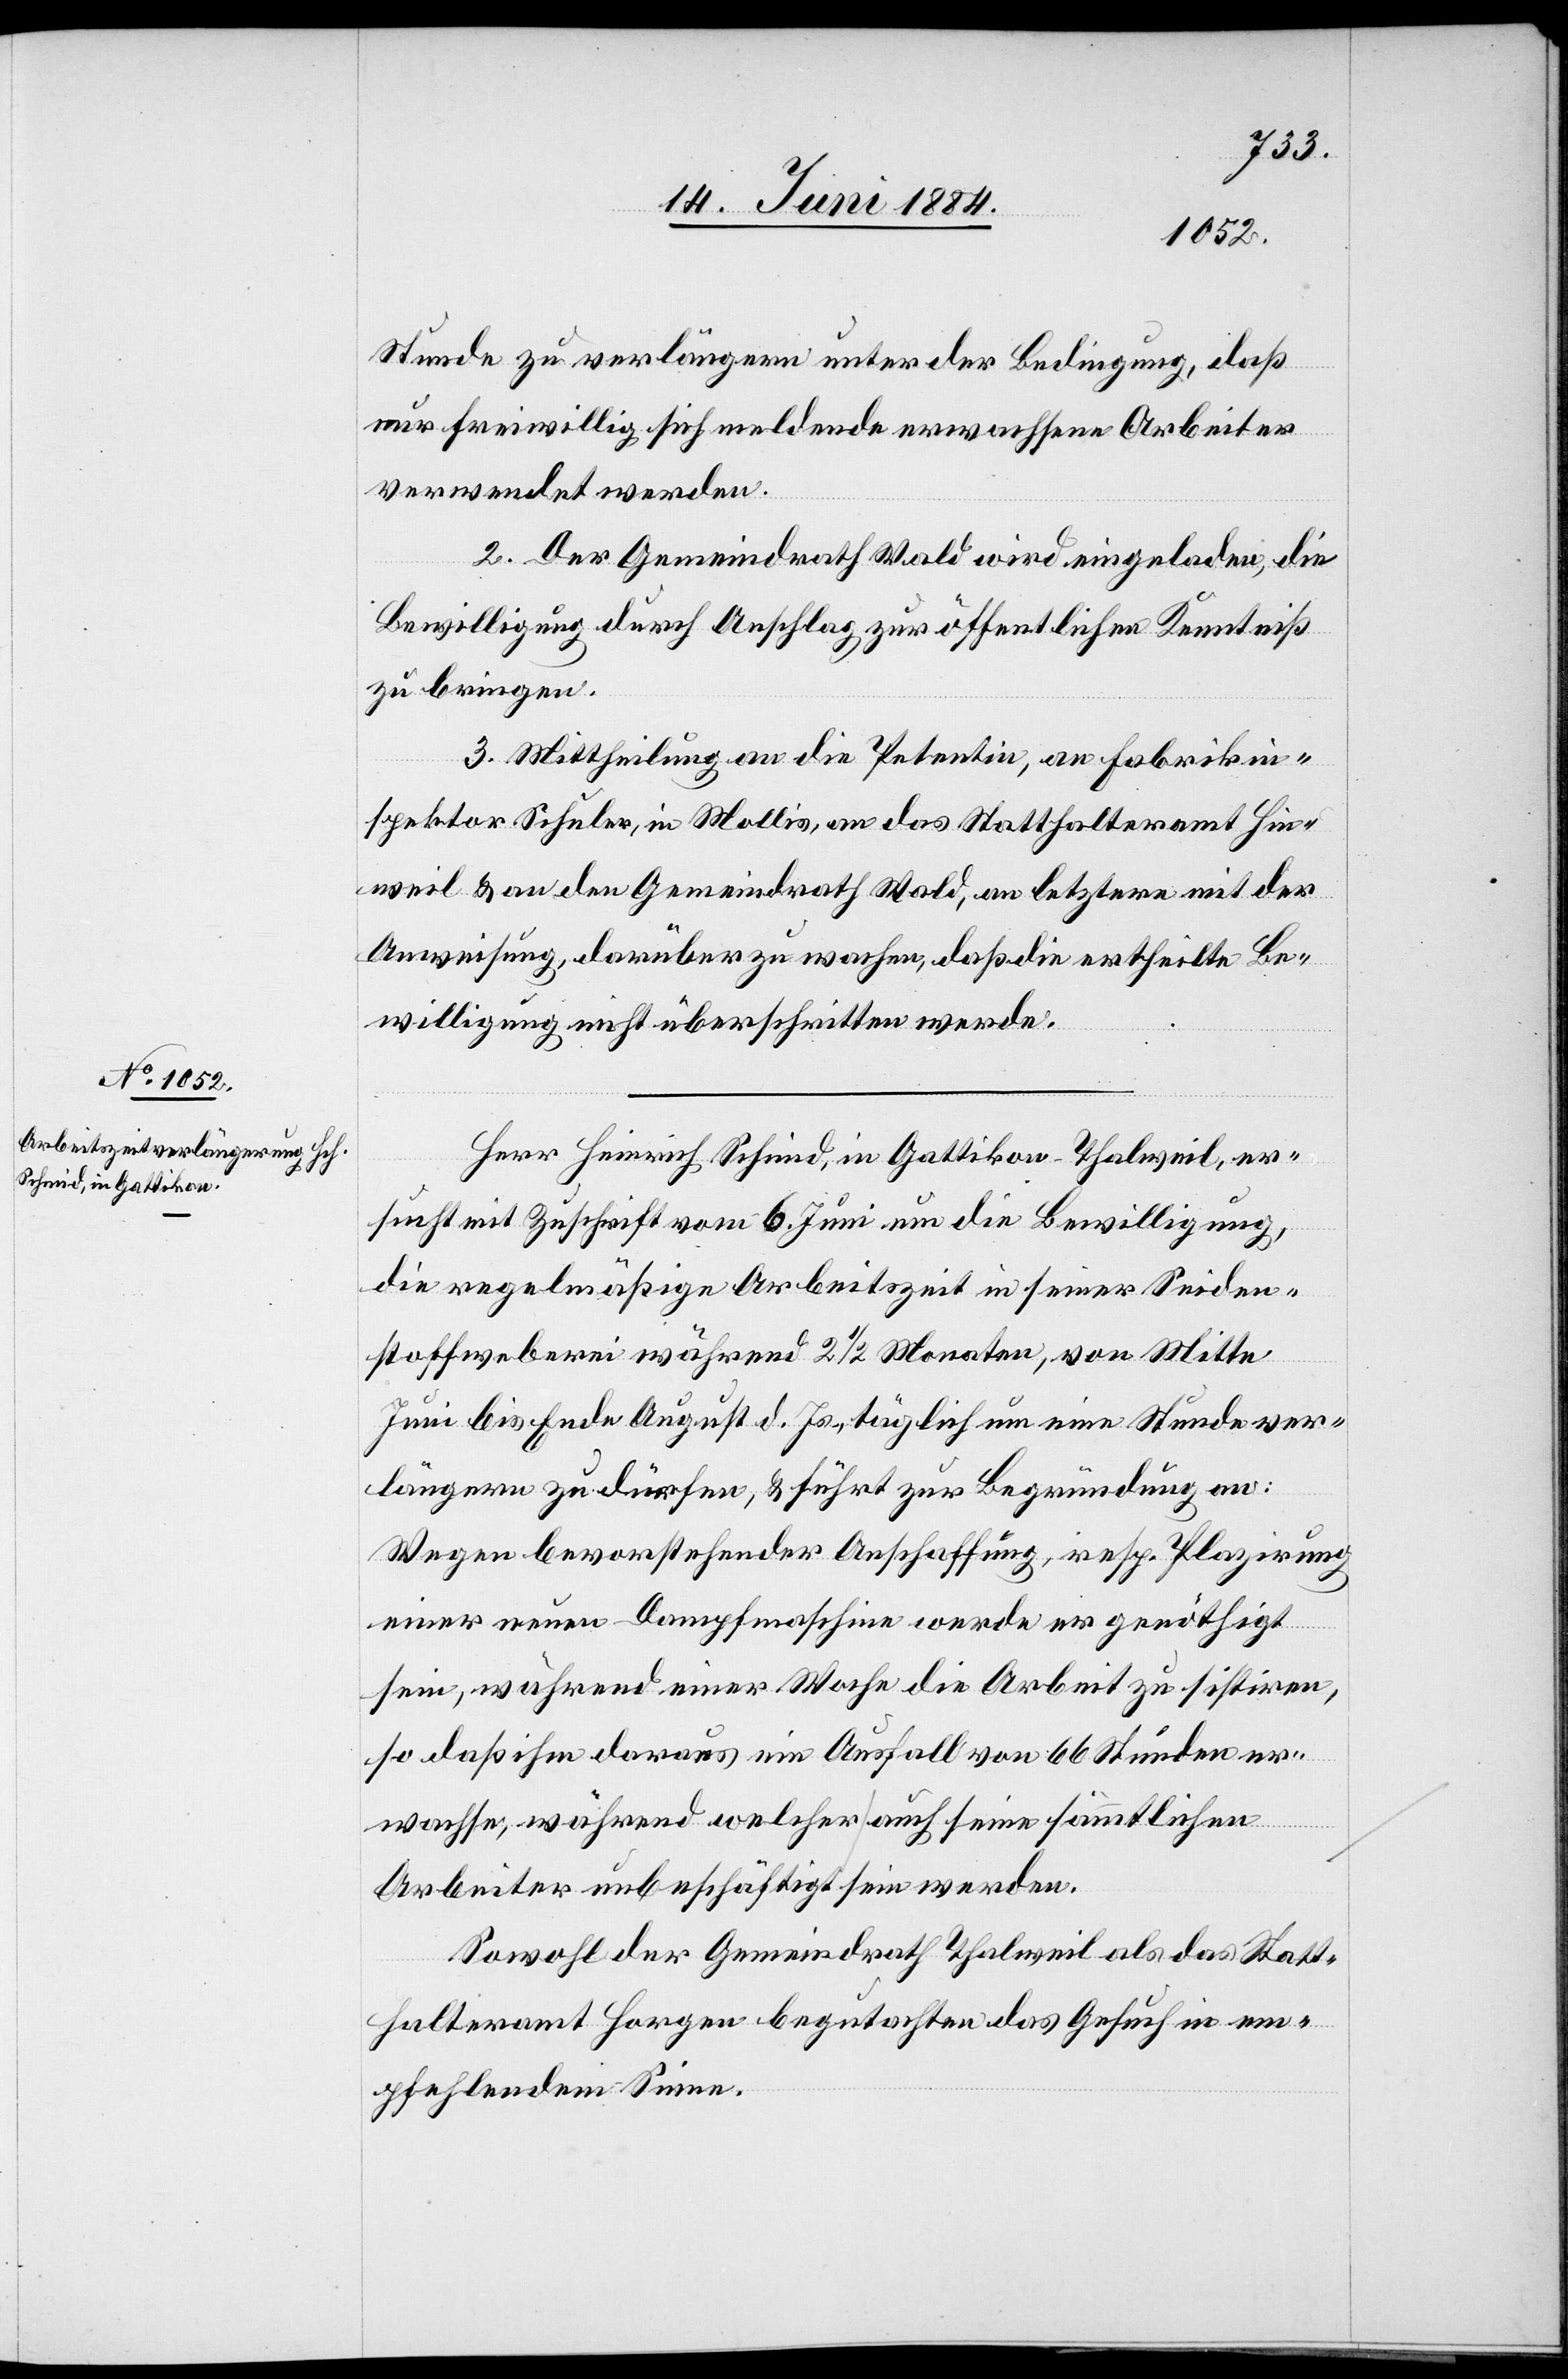
Stunde zu verlängern unter der Bedingung, daß
nur freiwillig sich meldende erwachsene Arbeiter
verwendet werden.
2. Der Gemeindrath Wald wird eingeladen, die
Bewilligung durch Anschlag zur öffentlichen Kenntniß
zu bringen.
3. Mittheilung an die Petentin, an Fabrikin¬
spektor Schuler, in Mollis, an das Statthalteramt Hin¬
weil & an den Gemeindrath Wald, an letztern mit der
Anweisung, darüber zu wachen, daß die ertheilte Be¬
willigung nicht überschritten werde.
Herr Heinrich Schmid, in Gattikon - Thalweil, er¬
sucht mit Zuschrift vom 6. Juni um die Bewilligung,
die regelmäßige Arbeitszeit in seiner Seiden¬
stoffweberei während 2 1/2 Monaten, von Mitte
Juni bis Ende August d. Js., täglich um eine Stunde ver¬
längern zu dürfen, & führt zur Begründung an:
Wegen bevorstehender Anschaffung, resp. Plazirung
einer neuen Dampfmaschine werde er genöthigt
sein, während einer Woche die Arbeit zu sistiren,
so daß ihm daraus ein Ausfall von 66 Stunden er¬
wachse, während welcher auch seine sämmtlichen
Arbeiter unbeschäftigt sein werden.
Sowohl der Gemeindrath Thalweil als das Statt¬
halteramt Horgen begutachten das Gesuch in em¬
pfehlendem Sinne.